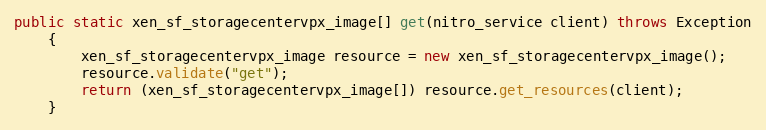
Language: Java
public static xen_sf_storagecentervpx_image[] get(nitro_service client) throws Exception
	{
		xen_sf_storagecentervpx_image resource = new xen_sf_storagecentervpx_image();
		resource.validate("get");
		return (xen_sf_storagecentervpx_image[]) resource.get_resources(client);
	}